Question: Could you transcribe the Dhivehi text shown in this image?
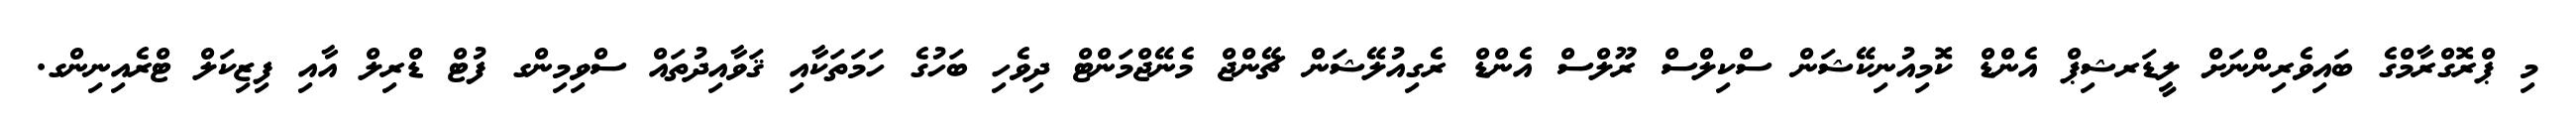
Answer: މި ޕްރޮގްރާމްގެ ބައިވެރިންނަށް ލީޑަރޝިޕް އެންޑް ކޮމިއުނިކޭޝަން ސްކިލްސް ރޫލްސް އެންޑް ރެގިއުލޭޝަން ޗޭންޖް މެނޭޖްމަންޓް ދިވެހި ބަހުގެ ހަމަތަކާއި ޤަވާއިދުތައް ސްވިމިންގ ފުޓް ޑްރިލް އާއި ފިޒިކަލް ޓްރެއިނިންގ.